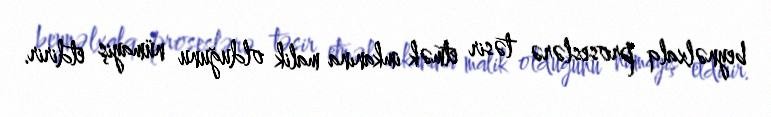
beynəlxalq proseslərə təsir etmək imkanına malik olduğunu nümayiş etdirir.